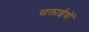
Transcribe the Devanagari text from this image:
सलाईयों